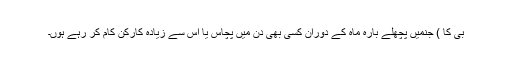
بی کا ) جنمیں پچھلے بارہ ماہ کے دوران کسی بھی دن میں پچاس یا اس سے زیادہ کارکن کام کر رہے ہوں۔